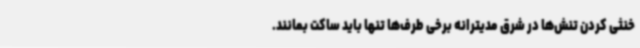
خنثی کردن تنش‌ها در شرق مدیترانه برخی طرف‌ها تنها باید ساکت بمانند.